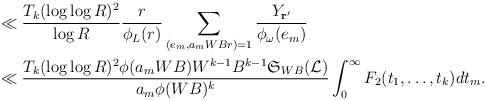
LaTeX: \begin{align*}&\ll \frac{T_k (\log\log{R})^2}{\log{R}}\frac{r}{\phi_L(r)}\sum_{(e_m,a_mWB r)=1}\frac{Y_{\mathbf{r}'}}{\phi_\omega(e_m)}\\&\ll \frac{T_k(\log\log{R})^2\phi(a_m W B)W^{k-1}B^{k-1}\mathfrak{S}_{WB}(\mathcal{L})}{a_m\phi(WB)^k}\int_0^\infty F_2 (t_1,\dots,t_k)dt_m.\end{align*}